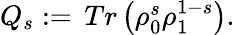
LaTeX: \begin{array}{r}{Q_{s}:=\, Tr\left(\rho_{0}^{s}\rho_{1}^{1-s}\right).}\end{array}